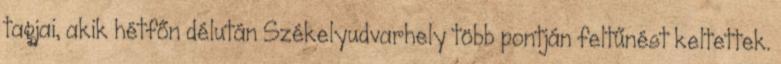
tagjai, akik hétfőn délután Székelyudvarhely több pontján feltűnést keltettek.